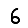
Digit: 6